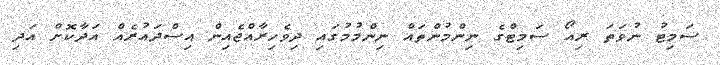
ސަމިޓު ނުވަތަ ރިއޯ ސަމިޓްގެ ނިންމުންތައް ނިންމުމުގައި ދިވެހިރާއްޖެއިން އިސްދައުރެއް އަދާކޮށް އަދި